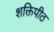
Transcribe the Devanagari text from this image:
शक्तिपीठ